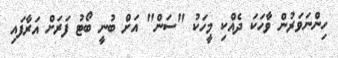
ހިންނަވަރުން ވާހަކަ ދެއްކި މީހަކު "ސަން" އަށް ބުނީ ބޯޓު ފަރަށް އަރާފައި